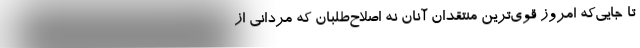
تا جایی‌که امروز قوی‌ترین منتقدان آنان نه اصلاح‌طلبان که مردانی از